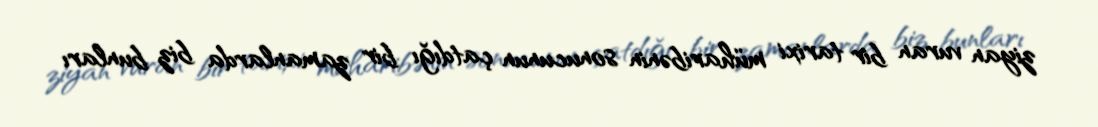
ziyan vuran bir tarixi müharibənin sonucunun çatdığı bir zamanlarda biz bunları